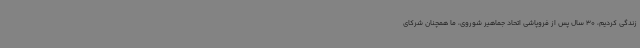
زندگی کردیم، 30 سال پس از فروپاشی اتحاد جماهیر شوروی، ما همچنان شرکای